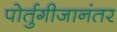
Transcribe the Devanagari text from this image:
पोर्तुगीजानंतर